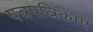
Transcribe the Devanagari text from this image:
पत्रपत्रिकाएं